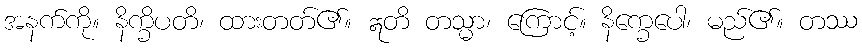
အနက်ကို။ နိက္ခိပတိ၊ ထားတတ်၏။ ဣတိ တသ္မာ၊ ကြောင့်။ နိက္ခေပေါ၊ မည်၏။ တဿ